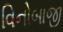
વિનોબાજી